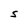
Character: S